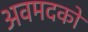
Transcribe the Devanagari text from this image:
अवमदकों